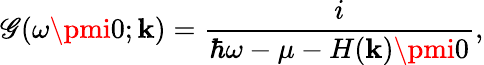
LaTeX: \mathscr{G}(\omega\pmi0;\mathbf{{k}})=\frac{{i}}{{\hbar\omega-\mu-H(\mathbf{{k}})\pmi0}},